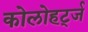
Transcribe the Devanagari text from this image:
कोलोहर्ट्ज